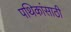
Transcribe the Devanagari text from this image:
पथिकांसाठी